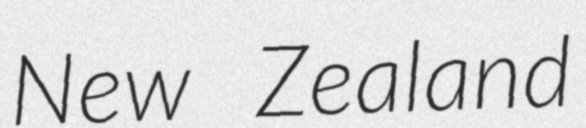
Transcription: New Zealand